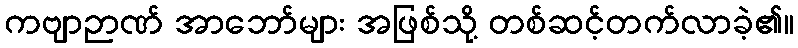
ကဗျာဉာဏ် အာဘော်များ အဖြစ်သို့ တစ်ဆင့်တက်လာခဲ့၏။